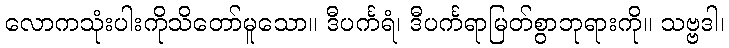
လောကသုံးပါးကိုသိတော်မူသော။ ဒီပင်္ကရံ၊ ဒီပင်္ကရာမြတ်စွာဘုရားကို။ သဗ္ဗဒါ၊